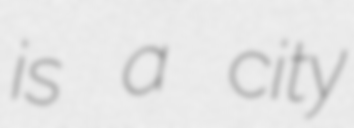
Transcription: is a city